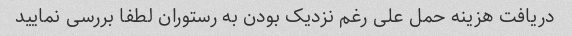
دریافت هزینه حمل علی رغم نزدیک بودن به رستوران لطفا بررسی نمایید